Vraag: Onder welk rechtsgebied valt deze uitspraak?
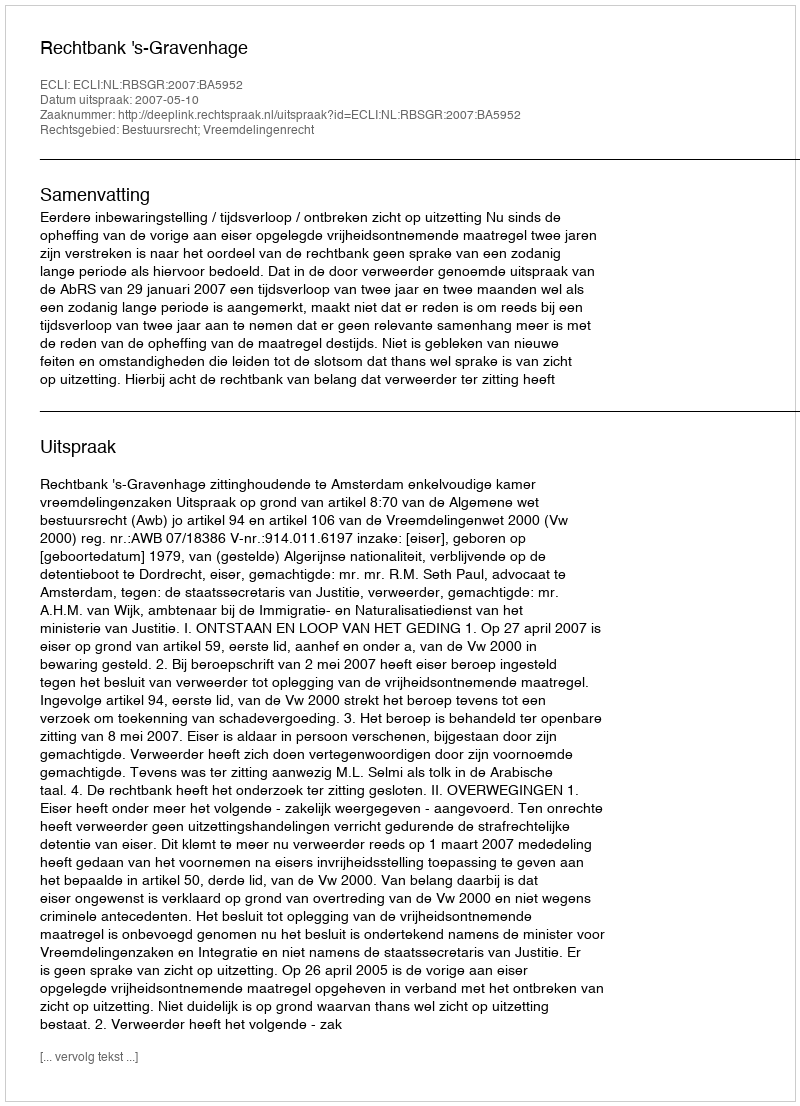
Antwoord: Bestuursrecht; Vreemdelingenrecht